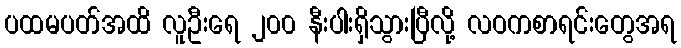
ပထမပတ်အထိ လူဦးရေ ၂၀၀ နီးပါးရှိသွားပြီလို့ လဝကစာရင်းတွေအရ